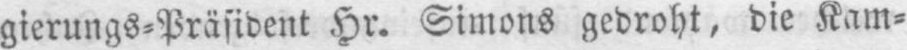
gierungs⸗Präsident Hr. Simons gedroht, die Kam⸗